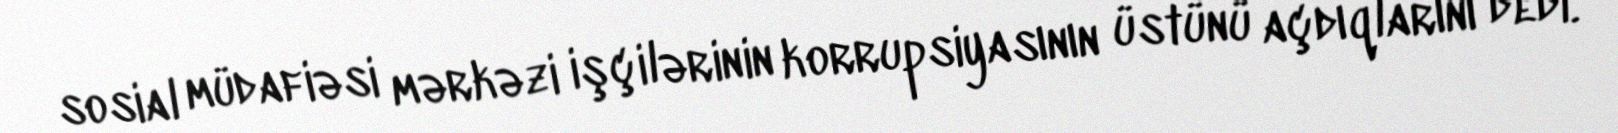
sosial müdafiəsi mərkəzi işçilərinin korrupsiyasının üstünü açdıqlarını dedi.